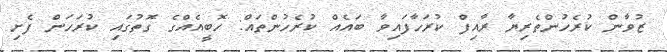
ޒުވާން ކުރެހުންތެރިޔާ ރާއިފް ކުރަހާފައިވާ ބައެއް ކުރެހުންތައް: ހޮބީއެއްގެ ގޮތުގައި ކުރަހަން ފެށި